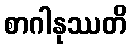
စာဂါနုဿတိ